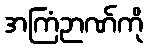
အကြံဉာဏ်ကို